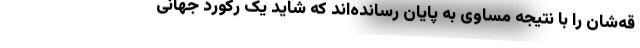
قه‌شان را با نتیجه مساوی به پایان رسانده‌اند که شاید یک رکورد جهانی